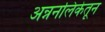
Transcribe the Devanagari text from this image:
अन्ननलिकेतून